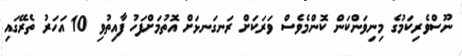
ނޫސްވެރިކަމުގެ މިނިވަންކަން ކޮންމެވެސް ވަރަކަށް ރަނގަނޅަށް އޮތުމަށްފަހު ފާއިތުވި 10 އަހަރު ތެރޭގައި